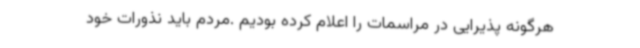
هرگونه پذیرایی در مراسمات را اعلام کرده بودیم .مردم باید نذورات خود